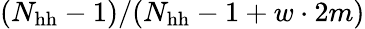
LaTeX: (N_{\mathrm{hh}}-1)/(N_{\mathrm{hh}}-1+w\cdot 2m)